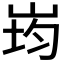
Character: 𭖠